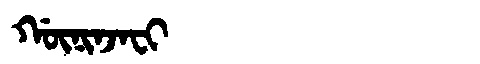
Manchu: ᡤᡡᠨᡳᠨᠵᠠᠸᡳ
Romanization: GŪNINJAFI